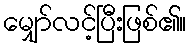
မျှော်လင့်ပြီးဖြစ်၏။